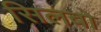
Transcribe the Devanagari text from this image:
सिलबो